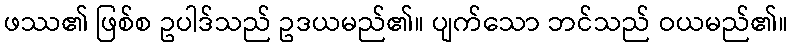
ဖဿ၏ ဖြစ်စ ဥပါဒ်သည် ဥဒယမည်၏။ ပျက်သော ဘင်သည် ဝယမည်၏။